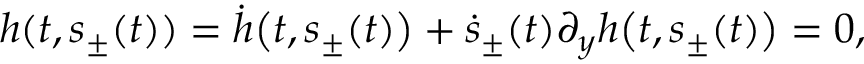
\begin{array} { r } { \frac { \d } { \d t } h ( t , s _ { \pm } ( t ) ) = \dot { h } \big ( t , s _ { \pm } ( t ) \big ) + \dot { s } _ { \pm } ( t ) \partial _ { y } h \big ( t , s _ { \pm } ( t ) \big ) = 0 , } \end{array}